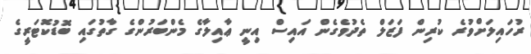
ރުހައިލަށްވުރެ ކުރިން ފަޒަލް ތެދުވެގެން އައިސް އިނީ ޢާއިލާގެ މެންބަރުންގެ ގާތުގައި ބޮޑުކޮޓަރީގެ